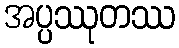
အပ္ပဿုတဿ